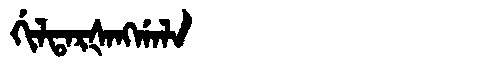
Manchu: ᡤᡳᠯᡨᠠᡵᡧᠠᠩᡤᠠᠯᠠ
Romanization: GILTARŠANGGALA